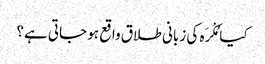
کیا مُکْرَہ کی زبانی طلاق واقع ہو جاتی ہے؟